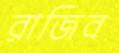
রাজিব